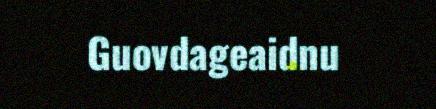
Guovdageaidnu